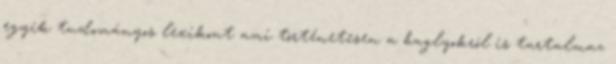
egyik tudományos lexikont ami történetesen a baglyokról is tartalmaz